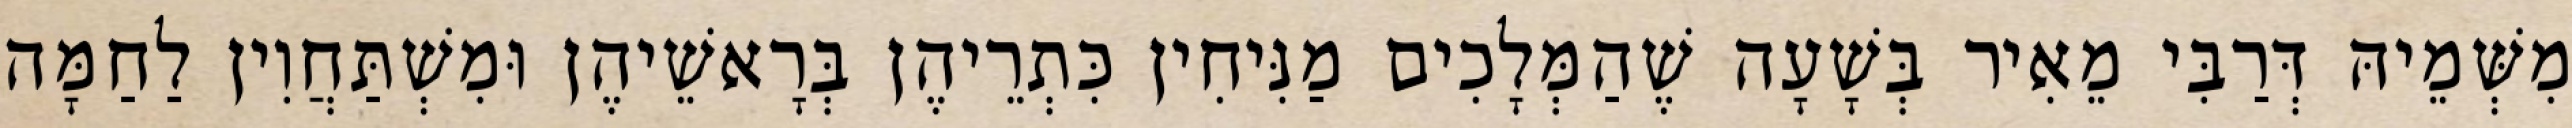
מִשְּׁמֵיהּ דְּרַבִּי מֵאִיר בְּשָׁעָה שֶׁהַמְּלָכִים מַנִּיחִין כִּתְרֵיהֶן בְּרָאשֵׁיהֶן וּמִשְׁתַּחֲוִין לַחַמָּה